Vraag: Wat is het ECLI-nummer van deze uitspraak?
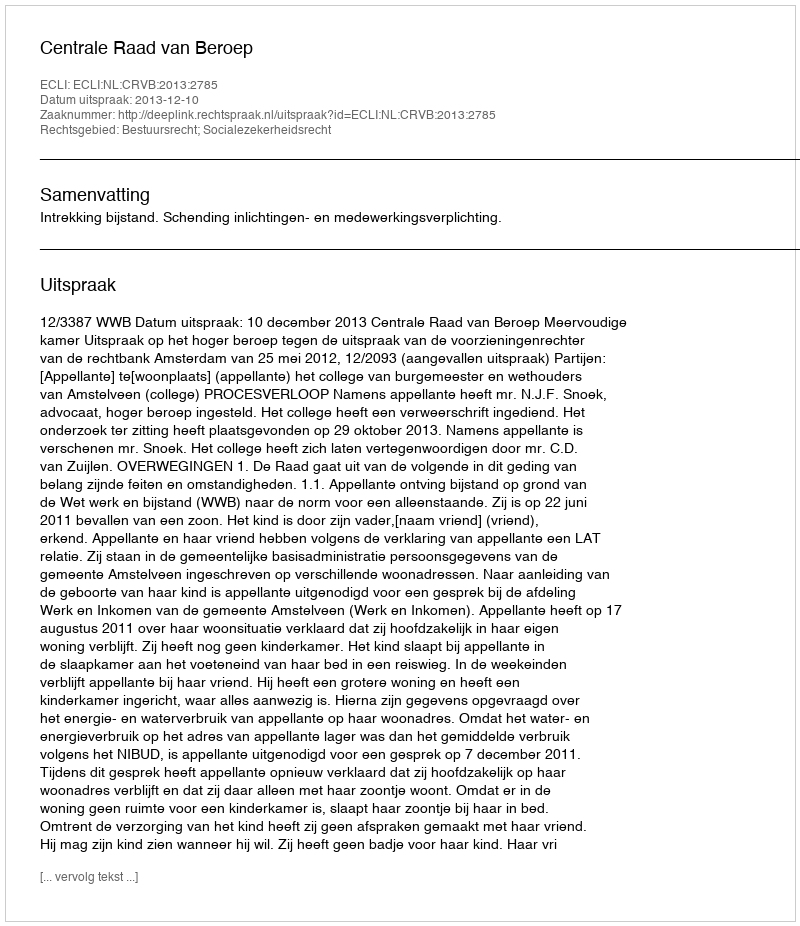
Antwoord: ECLI:NL:CRVB:2013:2785